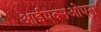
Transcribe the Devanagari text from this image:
आईएक्सओएस